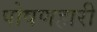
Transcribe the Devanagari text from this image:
पोषणहारी